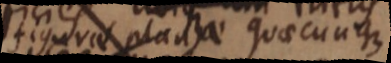
figurae plana quaecunque